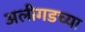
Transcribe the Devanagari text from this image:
अलीगडच्या